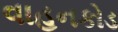
વાહનકોડ